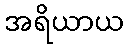
အရိယာယ